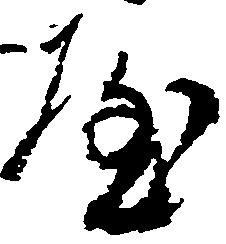
や